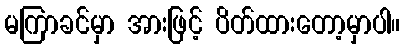
မကြာခင်မှာ အားဖြင့် ပိတ်ထားတော့မှာပါ။